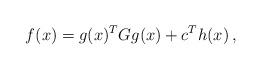
LaTeX: \begin{align*}f(x)=g(x)^TG g(x) + c^T h(x)\,,\end{align*}